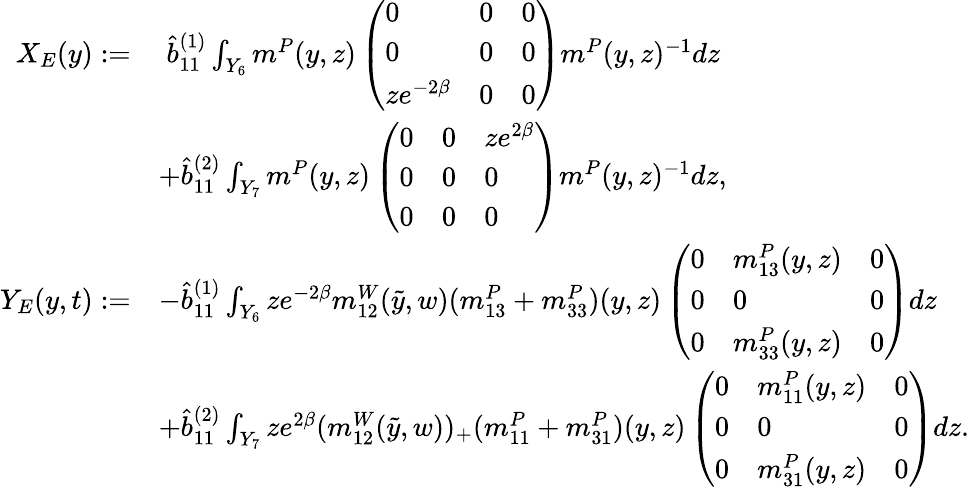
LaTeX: \begin{array}{rl}{X_{E}(y):=}&{\; \hat{b}_{11}^{(1)}\int_{Y_{6}}m^{P}(y,z)\left(\begin{array}{lll}{0}&{0}&{0}\\ {0}&{0}&{0}\\ {ze^{-2\beta}}&{0}&{0}\end{array}\right)m^{P}(y,z)^{-1}dz}\\ &{+\hat{b}_{11}^{(2)}\int_{Y_{7}}m^{P}(y,z)\left(\begin{array}{lll}{0}&{0}&{ze^{2\beta}}\\ {0}&{0}&{0}\\ {0}&{0}&{0}\end{array}\right)m^{P}(y,z)^{-1}dz,}\\ {Y_{E}(y,t):=}&{-\hat{b}_{11}^{(1)}\int_{Y_{6}}ze^{-2\beta}m_{12}^{W}(\tilde{y},w)(m_{13}^{P}+m_{33}^{P})(y,z)\left(\begin{array}{lll}{0}&{m_{13}^{P}(y,z)}&{0}\\ {0}&{0}&{0}\\ {0}&{m_{33}^{P}(y,z)}&{0}\end{array}\right)dz}\\ &{+\hat{b}_{11}^{(2)}\int_{Y_{7}}ze^{2\beta}(m_{12}^{W}(\tilde{y},w))_{+}(m_{11}^{P}+m_{31}^{P})(y,z)\left(\begin{array}{lll}{0}&{m_{11}^{P}(y,z)}&{0}\\ {0}&{0}&{0}\\ {0}&{m_{31}^{P}(y,z)}&{0}\end{array}\right)dz.}\end{array}